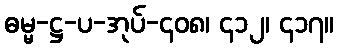
ဓမ္မ-ဋ္ဌ-ပ-အုပ်-၄၀၈၊ ၄၁၂၊ ၄၁၇။